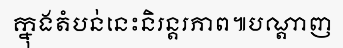
ក្នុងតំបន់នេះនិរន្តរភាព៕បណ្តាញ